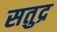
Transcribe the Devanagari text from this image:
सतुद्र